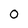
Character: 0